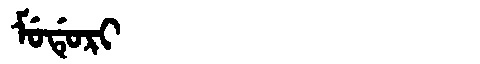
Manchu: ᠮᡠᡩᡠᡵᡳ
Romanization: MUDURI